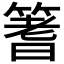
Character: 𫂓